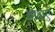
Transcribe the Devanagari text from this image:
वफ़ाएँ